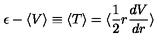
\epsilon - \langle V \rangle \equiv \langle T \rangle = \langle \frac { 1 } { 2 } r \frac { d V } { d r } \rangle